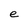
Character: e